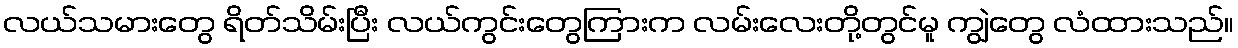
လယ်သမားတွေ ရိတ်သိမ်းပြီး လယ်ကွင်းတွေကြားက လမ်းလေးတို့တွင်မူ ကျွဲတွေ လံထားသည်။